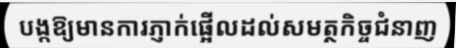
បង្កឱ្យមានការភ្ញាក់ផ្អើលដល់សមត្ថកិច្ចជំនាញ